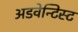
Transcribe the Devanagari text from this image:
अडवेन्टिस्ट